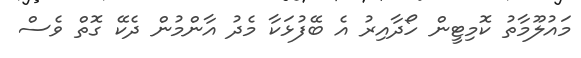
މައުލޫމާތު ކޮމިޓީން ހޯދާއިރު އެ ބޭފުޅަކާ މެދު އާންމުން ދެކޭ ގޮތް ވެސް